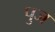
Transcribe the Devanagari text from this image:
पुज